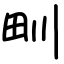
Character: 甽